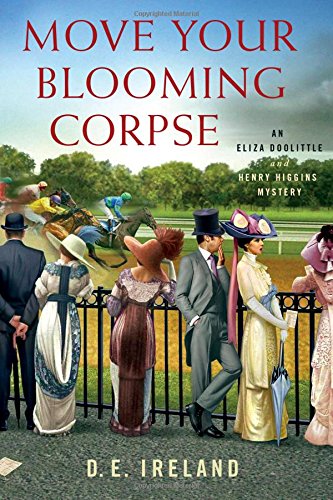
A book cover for Move Your Blooming Corpse: An Eliza Doolittle & Henry Higgins Mystery; D. E. Ireland; Mystery, Thriller & Suspense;